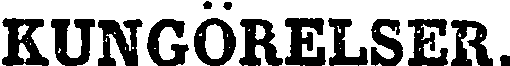
KUNGÖRELSER.